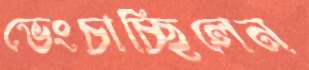
ভেংচাচ্ছিলেন